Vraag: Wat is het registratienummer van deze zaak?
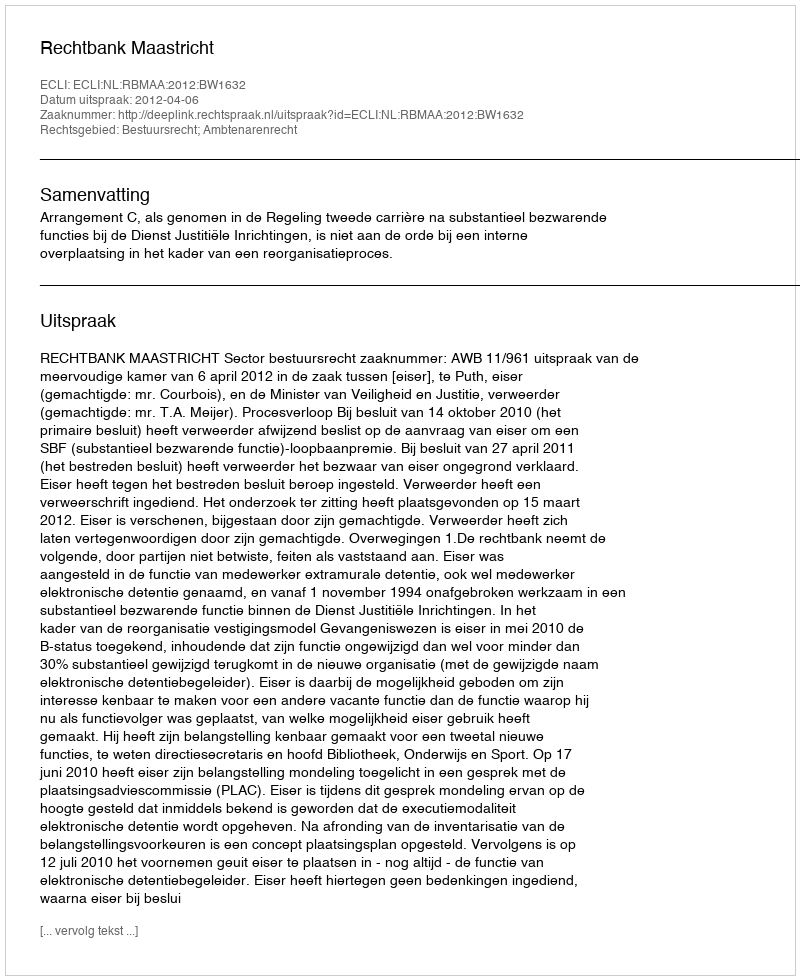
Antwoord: http://deeplink.rechtspraak.nl/uitspraak?id=ECLI:NL:RBMAA:2012:BW1632